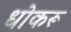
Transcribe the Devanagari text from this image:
धोकरू